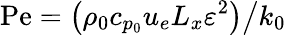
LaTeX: \mathrm{Pe}=\left(\rho_{0}c_{p_{0}}u_{e}L_{x}\varepsilon^{2}\right)\big/k_{0}